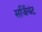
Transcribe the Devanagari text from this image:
सर्जियंट